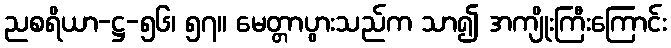
ညစရိယာ-ဋ္ဌ-၅၆၊ ၅၇။ မေတ္တာပွားသည်က သာ၍ အကျိုးကြီးကြောင်း